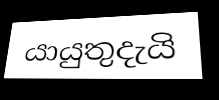
යායුතුදැයි